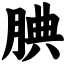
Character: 腆